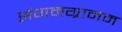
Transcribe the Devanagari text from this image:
संगमग्रामम